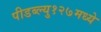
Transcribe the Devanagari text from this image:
पीडब्ल्यु१२७मध्ये